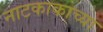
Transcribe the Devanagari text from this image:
नाटकाकाच्या